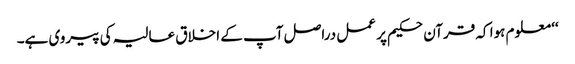
‘‘ معلوم ہوا کہ قرآن حکیم پر عمل دراصل آپ کے اخلاق عالیہ کی پیروی ہے۔